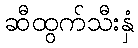
ဆီထွက်သီးနှံ